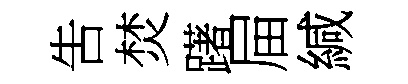
吿焚躇屇緘